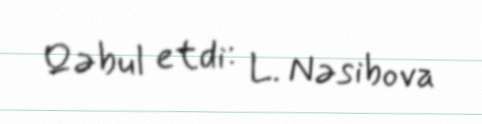
Qəbul etdi: L. Nəsibova